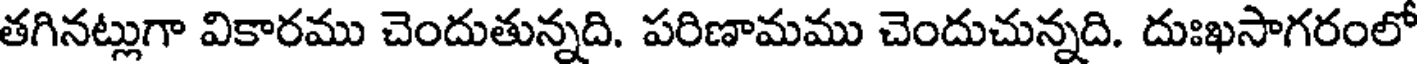
తగినట్లుగా వికారము చెందుతున్నది. పరిణామము చెందుచున్నది. దుఃఖసాగరంలో